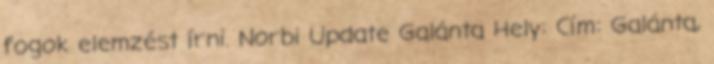
fogok elemzést írni. Norbi Update Galánta Hely: Cím: Galánta,